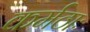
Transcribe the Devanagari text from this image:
कर्मठाः